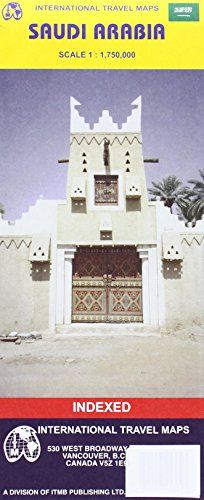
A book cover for Saudi Arabia 1:750,000 Travel Map - 2004***; ITM Canada; Travel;